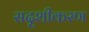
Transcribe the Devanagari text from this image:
सदृशीकरण